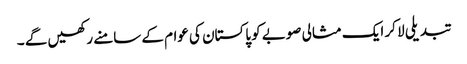
تبدیلی لا کر ایک مثالی صوبے کو پاکستان کی عوام کے سامنے رکھیں گے ۔